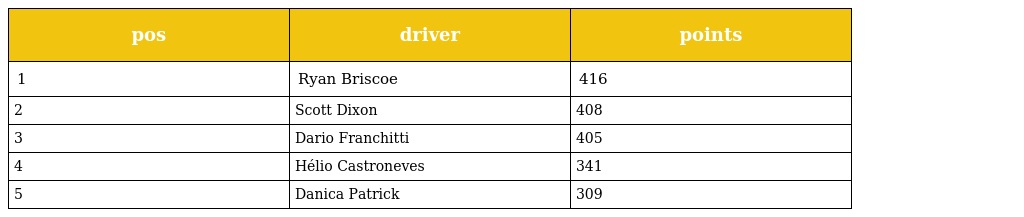
| pos | driver | points |
 | --- | --- | --- |
 | 1 | Ryan Briscoe | 416 |
 | 2 | Scott Dixon | 408 |
 | 3 | Dario Franchitti | 405 |
 | 4 | Hélio Castroneves | 341 |
 | 5 | Danica Patrick | 309 |